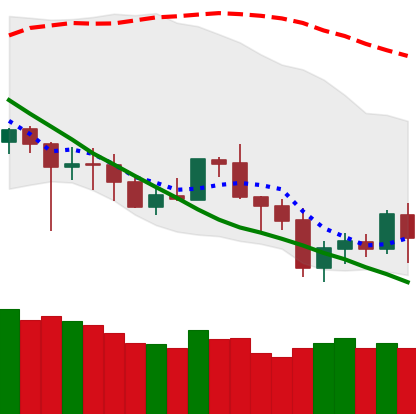
Ticker: BNB-USD
Chart end date: 2020-07-02
Forward return: 7.927%
Label: up_7plus